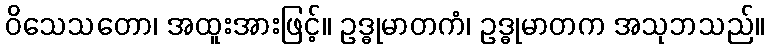
ဝိသေသတော၊ အထူးအားဖြင့်။ ဥဒ္ဓုမာတကံ၊ ဥဒ္ဓုမာတက အသုဘသည်။